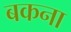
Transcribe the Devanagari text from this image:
बकना